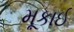
મૂકાઈ